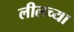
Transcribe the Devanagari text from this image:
लीलच्या